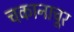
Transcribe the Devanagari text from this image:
चकानाचूर